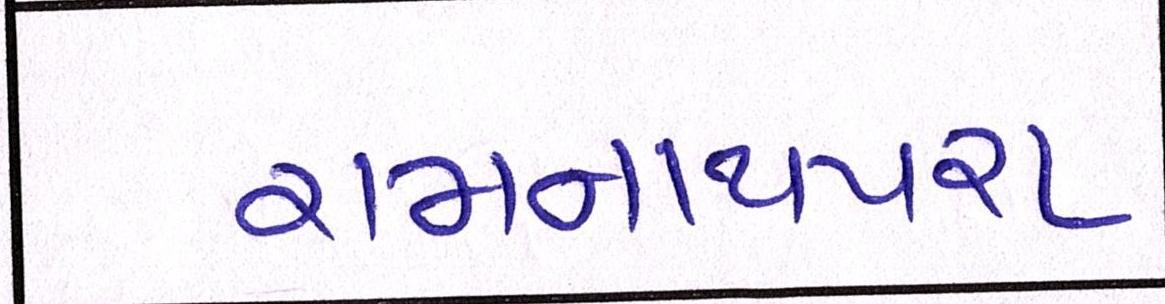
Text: રામનાથપરા